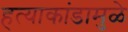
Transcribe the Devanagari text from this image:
हत्याकांडामुळे